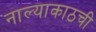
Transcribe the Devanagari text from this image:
नाल्याकाठची